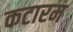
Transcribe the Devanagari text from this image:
कटारम